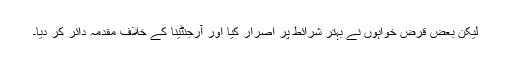
لیکن بعض قرض خواہوں نے بہتر شرائط پر اصرار کیا اور آرجنٹینا کے خلاف مقدّمہ دائر کر دیا۔